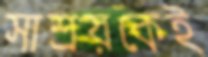
সাশ্রয়কেই